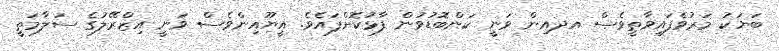
ބަޔަކު މަރުވެފައިވާތީވެސް އދއިން ވަނީ ކަންބޮޑުވުން ފާޅުކޮށްފައެވެ. އީޔޫއިންވެސް ވަނީ އިޒްރޭލުގެ ސަލާމަތީ